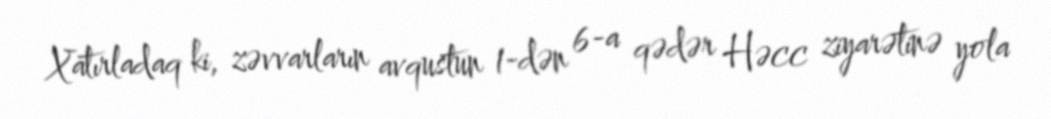
Xatırladaq ki, zəvvarların avqustun 1-dən 6-a qədər Həcc ziyarətinə yola